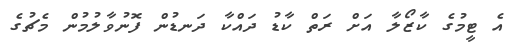
އެ ޓީމުގެ ކާޒޯލާ އަށް ރަތް ކާޑު ދައްކާ ދަނޑުން ފޮނުވާލުމުން މެޗުގެ